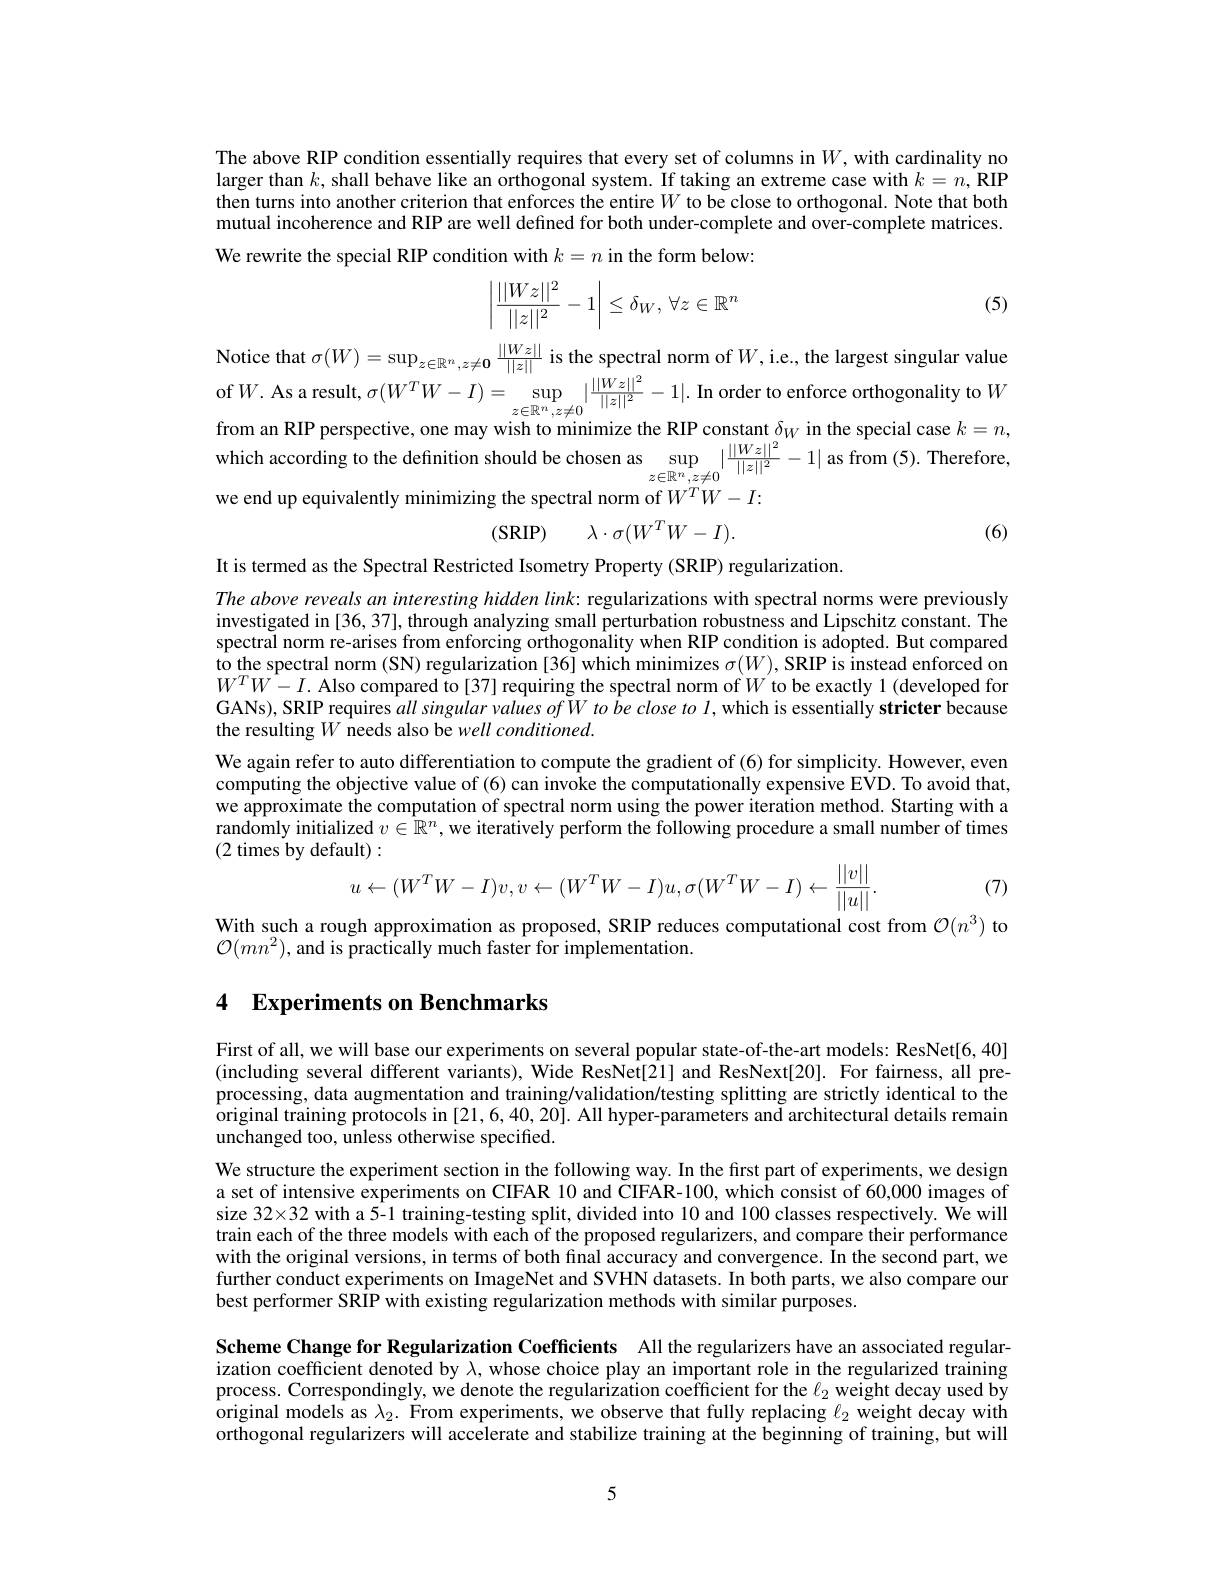
The above RIP condition essentially requires that every set of columns in $W$, with cardinality no larger than $k$, shall behave like an orthogonal system. If taking an extreme case with $k=n$,RIP then turns into another criterion that enforces the entire $W$ to be close to orthogonal. Note that both mutual incoherence and RIP are well defined for both under-complete and over-complete matrices. We rewrite the special RIP condition with $k=n$ in the form below:

(5)
$$\left|\frac{||Wz||^2}{||z||^2}-1\right|\leq\delta_W,\:\forall z\in\mathbb{R}^n$$
Notice that $\sigma(W)=\sup_{z\in\mathbb{R}^n,z\neq\mathbf{0}}\frac{||Wz||}{||z||}$ is the spectral norm of $W$, i.e., the largest singular value ${\mathrm{of}}W.{\mathrm{~As~a~result,~}\sigma(W^{T}W-I)}=\sup_{z\in\mathbb{R}^{n},z\neq0}|\frac{||Wz||^{2}}{||z||^{2}}-1|.{\mathrm{~In~order~to~enforce~orthogonality~to~}}W$
$:k=n$,
$t\delta_{W}$
which according to the definition should be chosen as $\sup_z\in\mathbb{R}^n,z\neq0|\frac{||Wz||^2}{||z||^2}-1|$ as from (5). Therefore
we end up equivalently minimizing the spectral norm of $W^TW-I:$
(6)
$$\lambda\cdot\sigma(W^TW-I).$$
It is termed as the Spectral Restricted Isometry Property (SRIP) regularization
The above reveals an interesting hidden $link:$ regularizations with spectral norms were previously investigated in [36, 37], through analyzing small perturbation robustness and Lipschitz constant. The spectral norm re-arises from enforcing orthogonality when RIP condition is adopted. But compared $\hat{\text{to the spectral norm (SN) regularization [36] which minimizes }\sigma(W),\text{SRIP is instead enforced on}}$ $W^TW^{\prime}-I.$ Also compared to[37] requiring the spectral norm of $W$ to be exactly 1(developed for GANs), SRIP requires all singular values ofW to be close to $l$,which is essentially stricter because the resulting $W$ needs also be well conditioned.
We again refer to auto differentiation to compute the gradient of (6) for simplicity. However, even computing the objective value of (6) can invoke the computationally expensive EVD. To avoid that, we approximate the computation of spectral norm using the power iteration method. Starting with a randomly initialized $v\in\mathbb{R}^n$, we iteratively perform the following procedure a small number of times (2 times by default):
(7)
$$u\leftarrow(W^{T}W-I)v,v\leftarrow(W^{T}W-I)u,\sigma(W^{T}W-I)\leftarrow\frac{||v||}{||u||}.$$
With such a rough approximation as proposed, SRIP reduces computational cost from $\mathcal{O}(n^3)$ to
$\mathcal{O}(mn^{2})$,and is practically much faster for implementation.

## 4 Experiments on Benchmarks

First of all, we will base our experiments on several popular state-of-the-art models: ResNet[6,40] (including several different variants), Wide ResNet[21] and ResNext[20]. For fairness, all preprocessing, data augmentation and training/validation/testing splitting are strictly identical to the original training protocols in [21,6,40,20]. All hyper-parameters and architectural details remain unchanged too, unless otherwise specified.

We structure the experiment section in the following way. In the first part of experiments, we design a set of intensive experiments on CIFAR 10 and CIFAR-100, which consist of 60,000 images of size 32×32 with a 5-1 training-testing split, divided into 10 and 100 classes respectively. We will train each of the three models with each of the proposed regularizers, and compare their performance with the original versions, in terms of both final accuracy and convergence. In the second part, we further conduct experiments on ImageNet and SVHN datasets. In both parts, we also compare our best performer SRIP with existing regularization methods with similar purposes.

Scheme Change for Regularization Coefficients All the regularizers have an associated regularization coefficient denoted by $\lambda$, whose choice play an important role in the regularized training process. Correspondingly, we denote the regularization coefficient for the $\ell _2$ weight decay used by original models as $\lambda_2.$ From experiments, we observe that fully replacing $\ell_2$ weight decay with orthogonal regularizers will accelerate and stabilize training at the beginning of training, but will

5